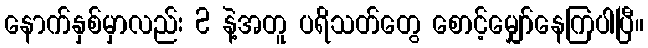
နောက်နှစ်မှာလည်း 2 နဲ့အတူ ပရိသတ်တွေ စောင့်မျှော်နေကြပါပြီ။